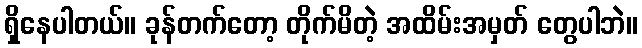
ရှိနေပါတယ်။ ခုန်တက်တော့ တိုက်မိတဲ့ အထိမ်းအမှတ် တွေပါဘဲ။